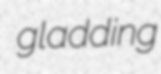
gladding